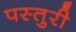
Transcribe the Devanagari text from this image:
पस्तुरी